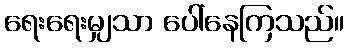
ရေးရေးမျှသာ ပေါ်နေကြသည်။